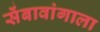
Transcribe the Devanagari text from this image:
सेंबावांगाला